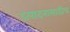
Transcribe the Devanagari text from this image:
उत्पादनासाठीच